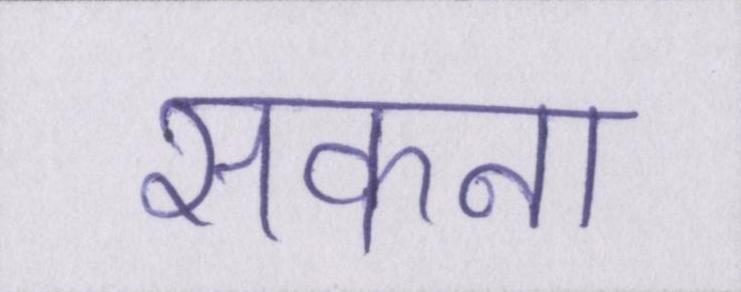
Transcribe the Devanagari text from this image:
सकना